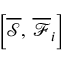
\left[ \overline { \mathcal { S } } , \, \overline { \mathcal { F } } _ { i } \right]